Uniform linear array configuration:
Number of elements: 4
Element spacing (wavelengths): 1
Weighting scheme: uniform
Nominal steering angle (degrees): -60
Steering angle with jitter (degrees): -61.146
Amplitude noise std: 0.05
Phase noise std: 0.05

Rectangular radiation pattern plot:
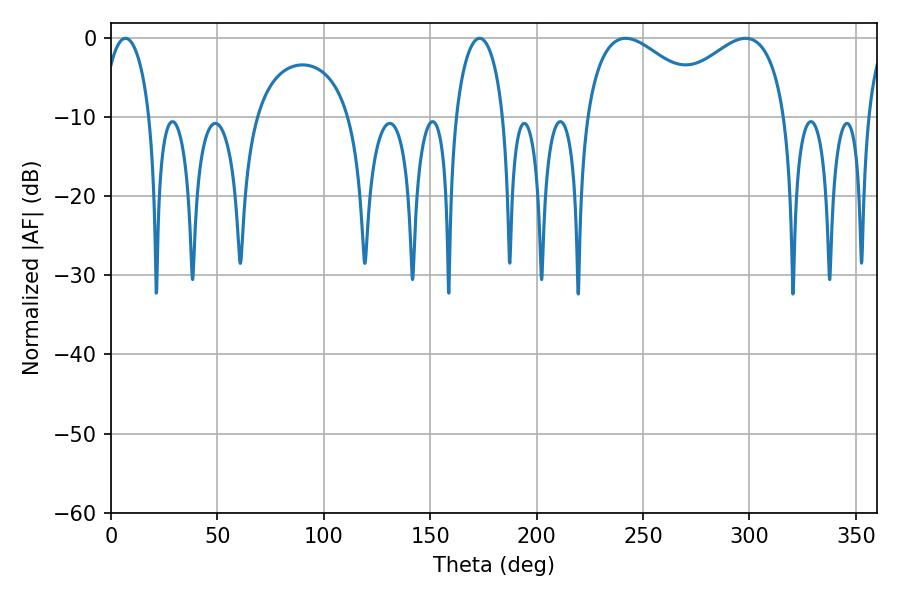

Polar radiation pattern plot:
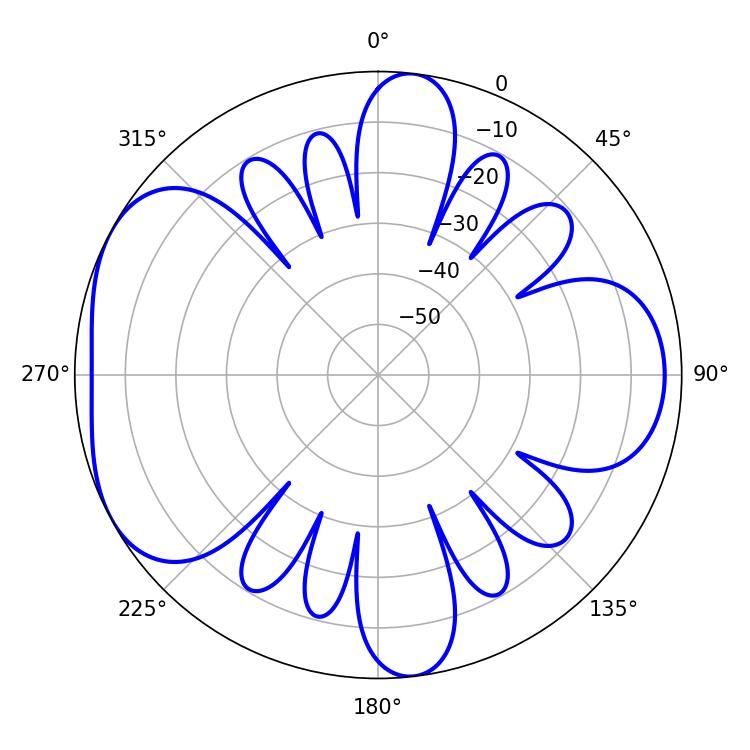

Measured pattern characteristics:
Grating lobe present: TRUE
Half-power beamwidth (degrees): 12.96
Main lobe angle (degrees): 6.84